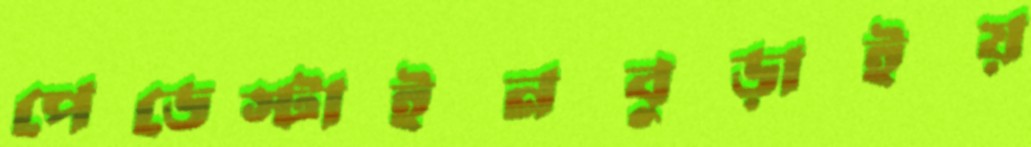
পেডেস্টাইনবুড়াইয়